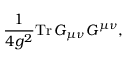
{ \frac { 1 } { 4 g ^ { 2 } } } \mathrm { { T r } } \, G _ { \mu \nu } G ^ { \mu \nu } ,